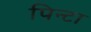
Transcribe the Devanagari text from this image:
पिन्टा